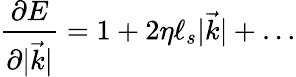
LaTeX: \frac{\partial E}{\partial|{\vec{k}}|}=1+2\eta\ell_{s}|{\vec{k}}|+\dots